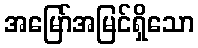
အမြော်အမြင်ရှိသော